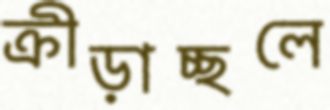
ক্রীড়াচ্ছলে